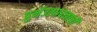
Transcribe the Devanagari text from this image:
पुर्नउत्पादनाची